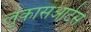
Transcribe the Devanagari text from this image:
लुकासआर्टस